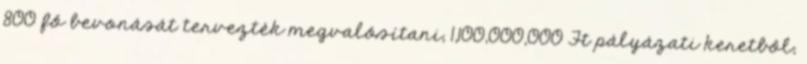
800 fő bevonását tervezték megvalósítani, 1,100,000,000 Ft pályázati keretből;